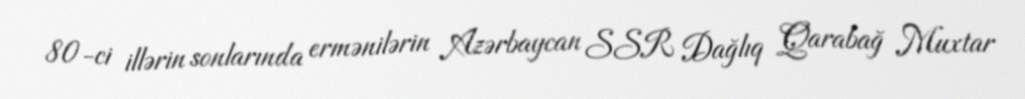
80-ci illərin sonlarında ermənilərin Azərbaycan SSR Dağlıq Qarabağ Muxtar